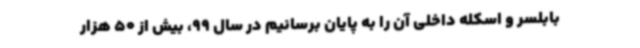
بابلسر و اسکله داخلی آن را به پایان برسانیم در سال 99، بیش از 50 هزار